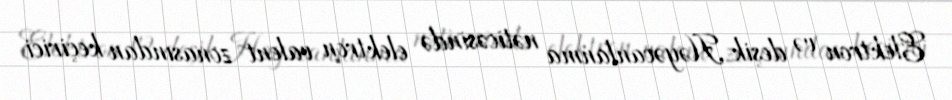
Elektron və deşik Həyəcanlanma nəticəsində elektron valent zonasından keçirici